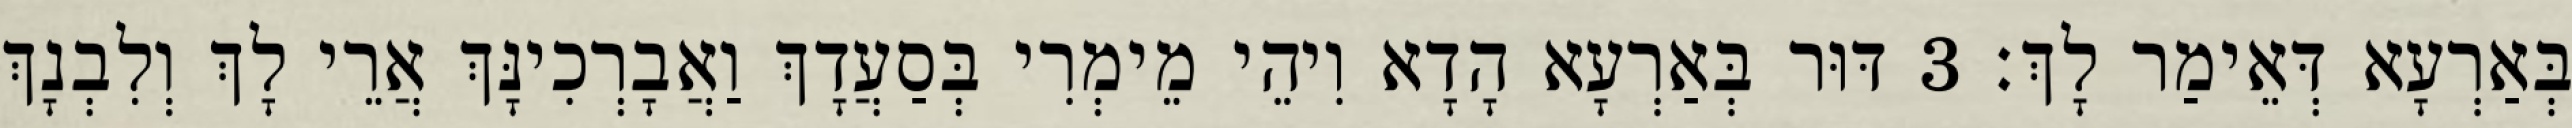
בְּאַרְעָא דְּאֵימַר לָךְ׃ 3 דּוּר בְּאַרְעָא הָדָא וִיהֵי מֵימְרִי בְּסַעֲדָךְ וַאֲבָרְכִינָּךְ אֲרֵי לָךְ וְלִבְנָךְ